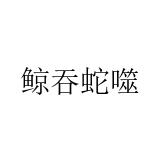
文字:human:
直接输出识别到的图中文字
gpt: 鲸吞蛇噬